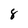
Character: 8